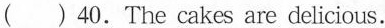
( ) 40.The cakes are delicious.